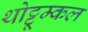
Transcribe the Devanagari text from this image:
थोट्टूम्कल